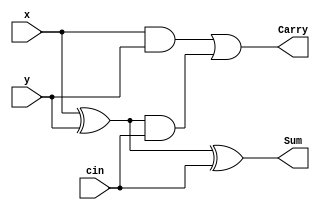
module Fulladder4(x, y, cin, Sum, Carry);
	input	x, y, cin;
	output	Sum, Carry;

	wire	s0, c0, c1;
	
	assign	s0 = x^y;
	assign	c0 = x&y;
	assign	c1 = s0&cin;
	assign	Sum = s0^cin;
	assign	Carry = c0|c1;

endmodule